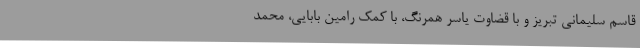
قاسم سلیمانی تبریز و با قضاوت یاسر همرنگ، با کمک رامین بابایی، محمد